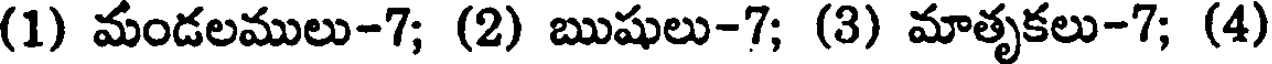
(1) మండలములు-7; (2) ఋషులు-7; (3) మాతృకలు-7; (4)